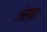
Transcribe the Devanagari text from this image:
लेख्क